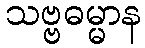
သဗ္ဗဓမ္မာန